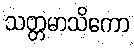
သတ္တမာသိကော